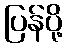
ပြန်ပို့